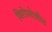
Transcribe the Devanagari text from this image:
विरोधदेखील